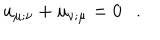
LaTeX: u _ { \mu ; \nu } + u _ { \nu ; \mu } = 0 .